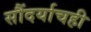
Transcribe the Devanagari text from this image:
सौंदर्याचही